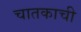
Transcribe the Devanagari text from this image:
चातकाची